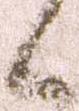
候